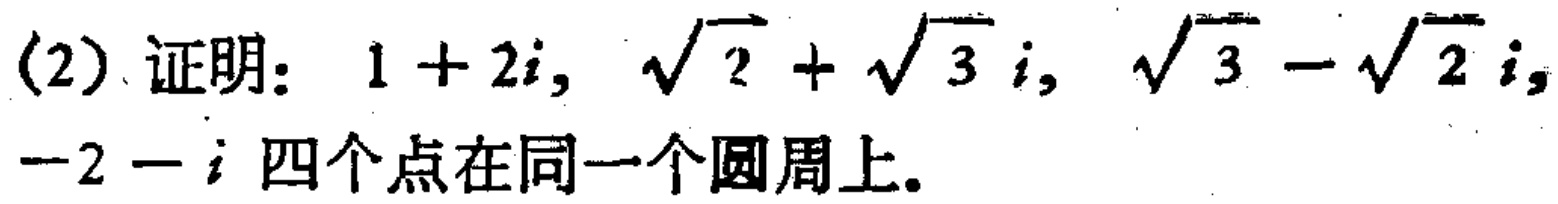
(2) 证明：\(1 + 2i\)，\(\sqrt{2} + \sqrt{3}i\)，\(\sqrt{3} - \sqrt{2}i\)，\(-2 - i\) 四个点在同一个圆周上。